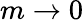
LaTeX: m\rightarrow 0